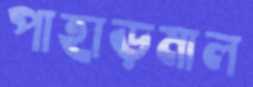
পাহাড়মাল